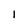
Character: 1